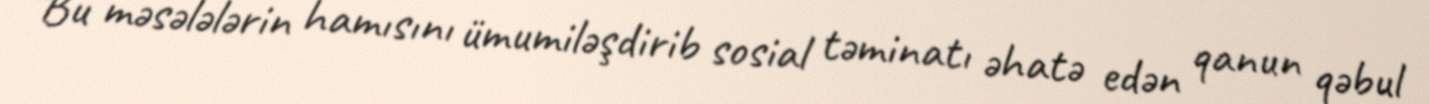
“Bu məsələlərin hamısını ümumiləşdirib sosial təminatı əhatə edən qanun qəbul